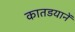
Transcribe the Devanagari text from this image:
कातडयानें